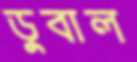
ডুবাল